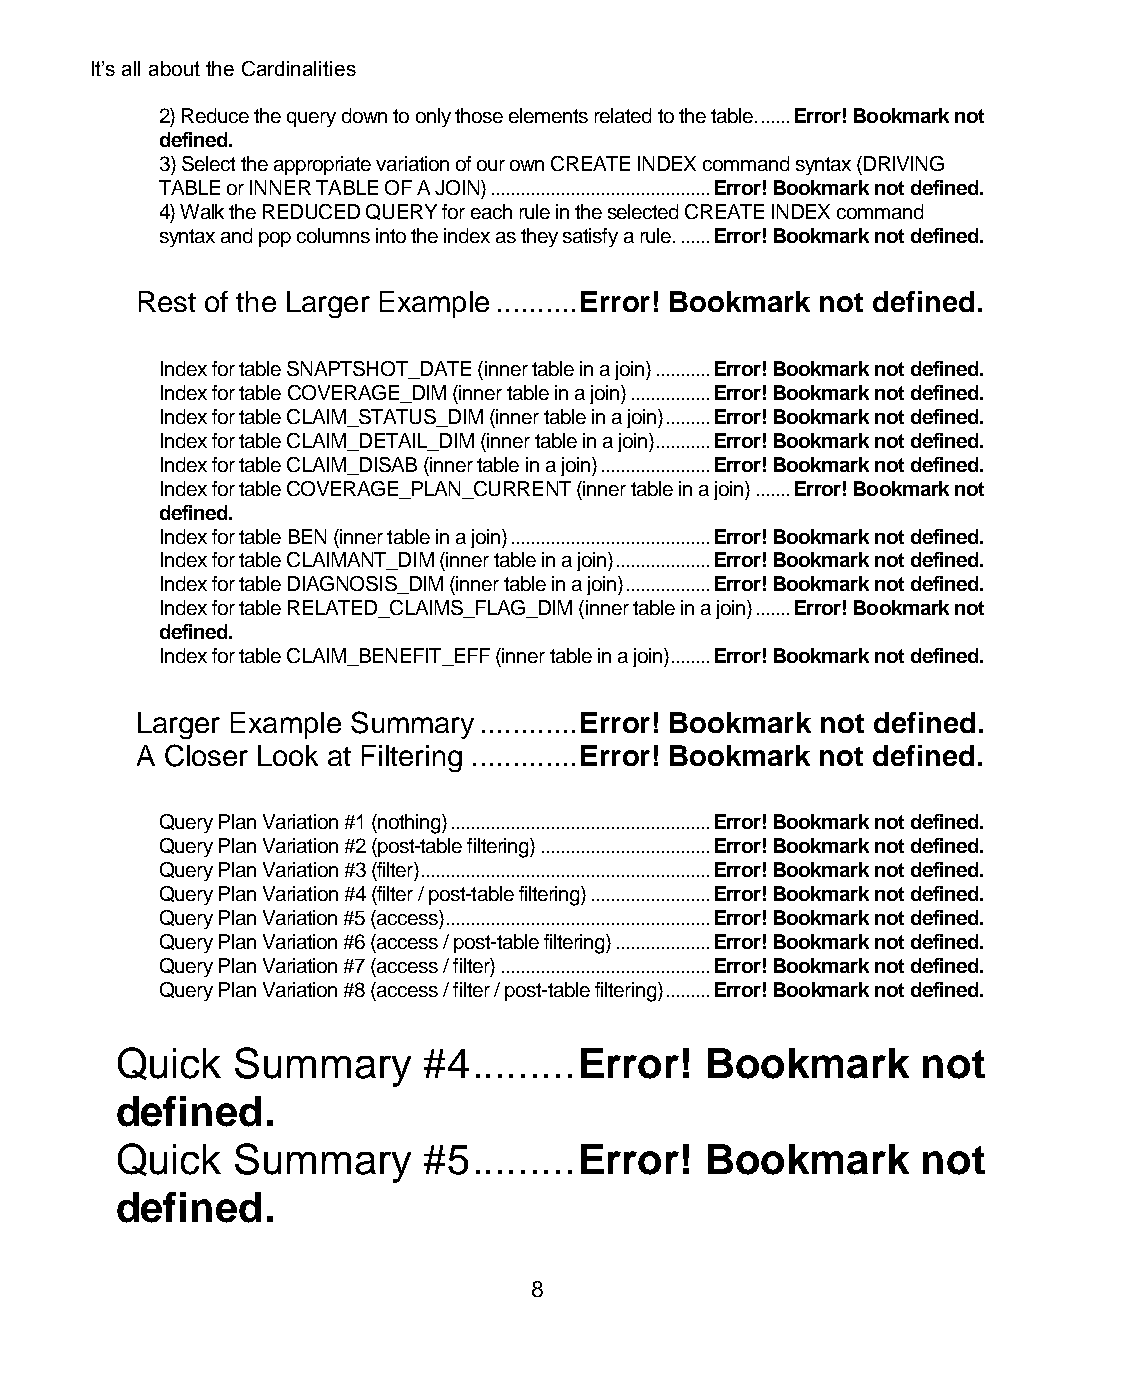
It’s all about the Cardinalities
 2) Reduce the query down to only those elements related to the table. ...... Error! Bookmark not
 defined.
 3) Select the appropriate variation of our own CREATE INDEX command syntax (DRIVING
 TABLE or INNER TABLE OF A JOIN) ............................................ Error! Bookmark not defined.
 4) Walk the REDUCED QUERY for each rule in the selected CREATE INDEX command
 syntax and pop columns into the index as they satisfy a rule. ...... Error! Bookmark not defined.
 Rest of the Larger Example .......... Error! Bookmark not defined.
 Index for table SNAPTSHOT_DATE (inner table in a join) ........... Error! Bookmark not defined.
 Index for table COVERAGE_DIM (inner table in a join) ................ Error! Bookmark not defined.
 Index for table CLAIM_STATUS_DIM (inner table in a join) ......... Error! Bookmark not defined.
 Index for table CLAIM_DETAIL_DIM (inner table in a join) ........... Error! Bookmark not defined.
 Index for table CLAIM_DISAB (inner table in a join) ...................... Error! Bookmark not defined.
 Index for table COVERAGE_PLAN_CURRENT (inner table in a join) ....... Error! Bookmark not
 defined.
 Index for table BEN (inner table in a join) ........................................ Error! Bookmark not defined.
 Index for table CLAIMANT_DIM (inner table in a join) ................... Error! Bookmark not defined.
 Index for table DIAGNOSIS_DIM (inner table in a join) ................. Error! Bookmark not defined.
 Index for table RELATED_CLAIMS_FLAG_DIM (inner table in a join) ....... Error! Bookmark not
 defined.
 Index for table CLAIM_BENEFIT_EFF (inner table in a join) ........ Error! Bookmark not defined.
 Larger Example Summary ............ Error! Bookmark not defined.
 A Closer Look at Filtering ............. Error! Bookmark not defined.
 Query Plan Variation #1 (nothing) .................................................... Error! Bookmark not defined.
 Query Plan Variation #2 (post-table filtering) .................................. Error! Bookmark not defined.
 Query Plan Variation #3 (filter) .......................................................... Error! Bookmark not defined.
 Query Plan Variation #4 (filter / post-table filtering) ........................ Error! Bookmark not defined.
 Query Plan Variation #5 (access) ..................................................... Error! Bookmark not defined.
 Query Plan Variation #6 (access / post-table filtering) ................... Error! Bookmark not defined.
 Query Plan Variation #7 (access / filter) .......................................... Error! Bookmark not defined.
 Query Plan Variation #8 (access / filter / post-table filtering) ......... Error! Bookmark not defined.
 Quick  Summary      #4 ......... Error! Bookmark     not
 defined.
 Quick  Summary      #5 ......... Error! Bookmark     not
 defined.
 8